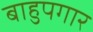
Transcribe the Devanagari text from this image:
बाहुपगार